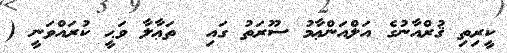
ކީރިތި ޤުރްއާނުގެ އަލްއަންޢާމު ސޫރަތު ގައި  ތަޢާލާ ވަޙީ ކުރައްވަނީ (